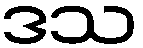
ဒသ